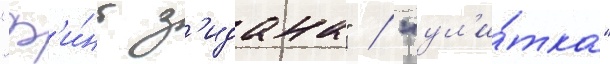
"ф'и́нт з'идана" / "ул'и́тка"